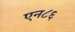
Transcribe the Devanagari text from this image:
एन८६